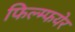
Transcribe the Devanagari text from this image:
फिल्म्फयेर